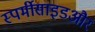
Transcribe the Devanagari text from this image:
स्पर्मीसाइडऔर